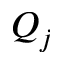
Q _ { j }